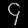
Digit: ၄